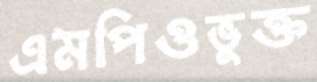
এমপিওভুক্ত